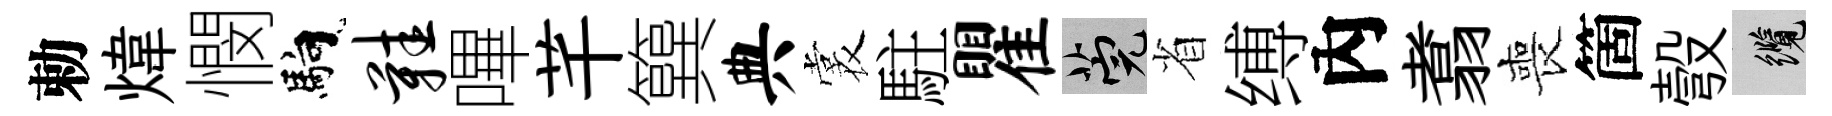
勅煒憫馿鞋嗶芊簨典裳駐瞿筦省缚內翥喪箇彀纜